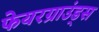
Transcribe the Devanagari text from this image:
फेयरग्राउंड्स